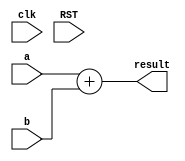
/***********************************************
Module Name:   adder_flexible_biterwidth
Feature:       Counter with parameter bit_width and max_value
Coder:         Garfield
Organization:  XXXX Group, Department of Architecture
------------------------------------------------------
Input ports:   clk, 1 bit,clk
               RST, 1 bit, reset
               a, b, operents, , bit width defined by parameter WIDTH_A and WIDTH_B
Output Ports:  result, bit width depends on parameters
Parameters:    WIDTH_A, WIDTH_B, bit width
------------------------------------------------------
History:
02-04-2016: First Version by Garfield
02-04-2016: First verified by Adder_Flexible_BitWidth_test
***********************************************/
module adder_flexible_biterwidth 
  ( 
    clk, RST,
    a,b,result
  );
parameter WIDTH_A = 8, WIDTH_B = 8;
//Bit width for input

localparam WIDTH_OUT = 1 + ( (WIDTH_A > WIDTH_B) ? (WIDTH_A) : (WIDTH_B));
//Bit width for output: maximum between the width + 1 bit for carried bit

input clk, RST;
input[WIDTH_A - 1: 0] a;
input[WIDTH_B - 1: 0] b;
output[WIDTH_OUT - 1:0] result;
  
//Load other module(s)

//Definition for Variables in the module

//Logic
assign result = {{(WIDTH_OUT - WIDTH_A){1'b0}}, a} + { {(WIDTH_OUT - WIDTH_A){1'b0}}, b};

endmodule